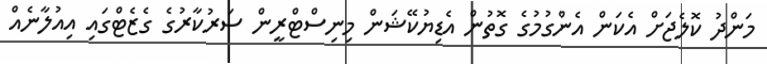
މަންދު ކޮލެޖަށް އެކަން އެންގުމުގެ ގޮތުން އެޑިޔުކޭޝަން މިނިސްޓްރީން ސަރުކާރުގެ ގެޒެޓްގައި އިއުލާނެއް